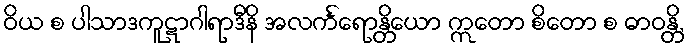
ဝိယ စ ပါသာဒကူဋာဂါရာဒီနိ အလင်္ကရောန္တိယော ဣတော စိတော စ ဓာဝန္တိ,